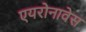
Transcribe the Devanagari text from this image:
एयरोनावेस